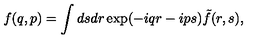
f ( q , p ) = \int d s d r \exp ( - i q r - i p s ) \tilde { f } ( r , s ) ,